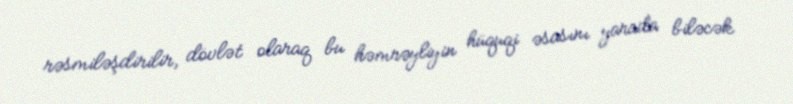
rəsmiləşdirilir, dövlət olaraq bu həmrəyliyin hüquqi əsasını yarada biləcək